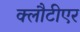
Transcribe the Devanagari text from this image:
क्लौटीएर